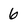
Character: 6